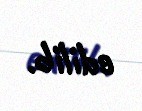
edilib.